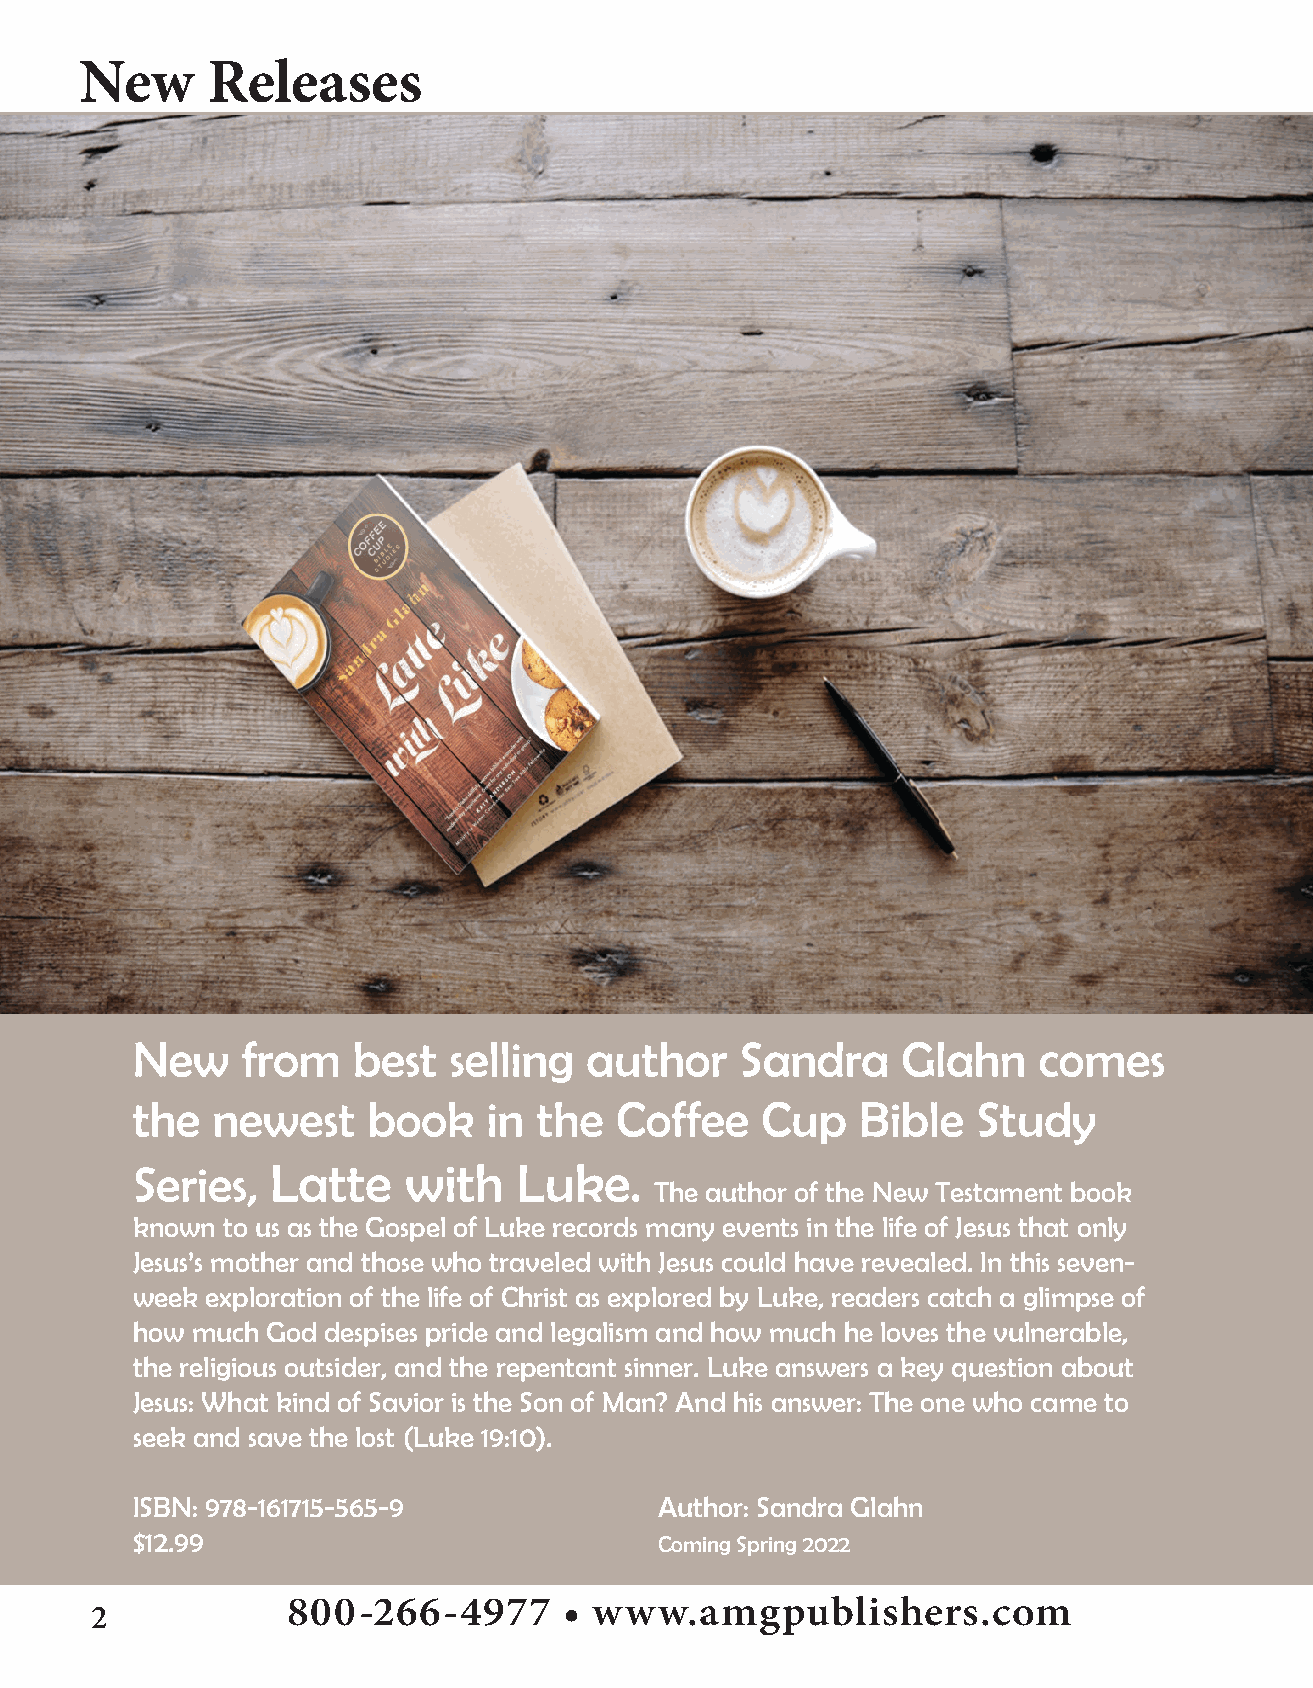
New      Releases
 New    from   best   selling  author    Sandra     Glahn    comes
 the  newest    book    in the   Coffee   Cup    Bible   Study
 Series,  Latte    with   Luke.
 The author of the New Testament book
 known to us as the Gospel of Luke records many events in the life of Jesus that only
 Jesus’s mother and those who traveled with Jesus could have revealed. In this seven-
 week exploration of the life of Christ as explored by Luke, readers catch a glimpse of
 how much God despises pride and legalism and how much he loves the vulnerable,
 the religious outsider, and the repentant sinner. Luke answers a key question about
 Jesus: What kind of Savior is the Son of Man? And his answer: The one who came to
 seek and save the lost (Luke 19:10).
 ISBN: 978-161715-565-9             Author: Sandra Glahn
 $12.99                             Coming Spring 2022
 800-266-4977      • www.amgpublishers.com
 2